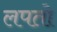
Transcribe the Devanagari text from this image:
लपतो